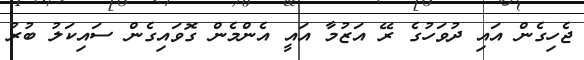
ޖެހިގެން އައި ދުވަހުގެ ރޭ އަޒުމާ އައީ އެންމެން ގޮވައިގެން ސައިކަލު ބުރު